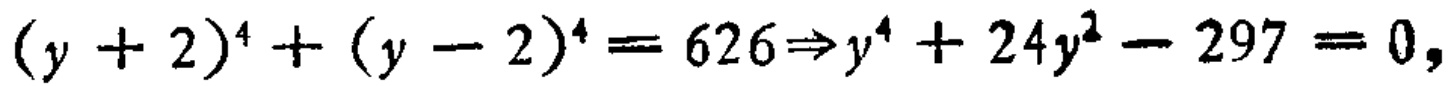
\((y + 2)^{4} + (y - 2)^{4} = 626\Rightarrow y^{4} + 24y^{2} - 297 = 0,\)